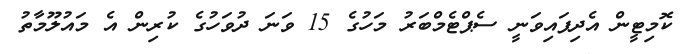
ކޮމިޓީން އެދިފައިވަނީ ސެޕްޓެމްބަރު މަހުގެ 15 ވަނަ ދުވަހުގެ ކުރިން އެ މައުލޫމާތު